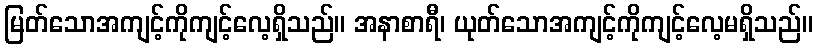
မြတ်သောအကျင့်ကိုကျင့်လေ့ရှိသည်။ အနာစာရီ၊ ယုတ်သောအကျင့်ကိုကျင့်လေ့မရှိသည်။